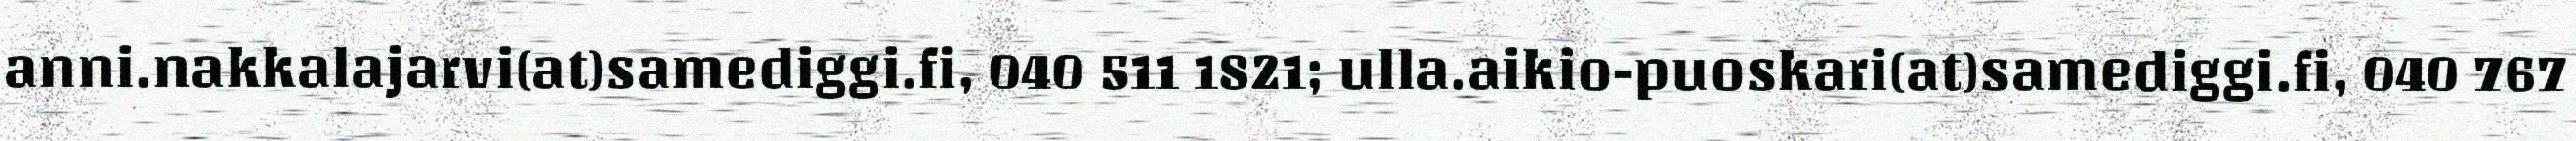
anni.nakkalajarvi(at)samediggi.fi, 040 511 1821; ulla.aikio-puoskari(at)samediggi.fi, 040 767